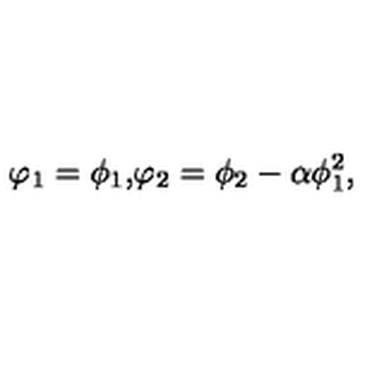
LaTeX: \begin{matrix} { \varphi _ { 1 } = \phi _ { 1 } , } \\ { \varphi _ { 2 } = \phi _ { 2 } - \alpha \phi _ { 1 } ^ { 2 } , } \\ \end{matrix}